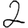
Digit: 2